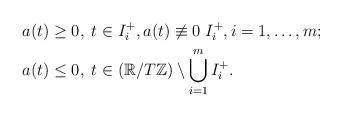
LaTeX: \begin{align*}& a(t)\geq0, \; t\in I^{+}_{i}, a(t)\not\equiv0 \; I^{+}_{i}, i=1,\ldots,m; \\& a(t)\leq0, \; t\in(\mathbb{R}/T\mathbb{Z})\setminus\bigcup_{i=1}^{m}I^{+}_{i}.\end{align*}